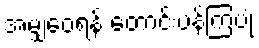
အမျှဝေရန် တောင်းပန်ကြပုံ